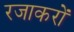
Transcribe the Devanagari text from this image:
रजाकरों